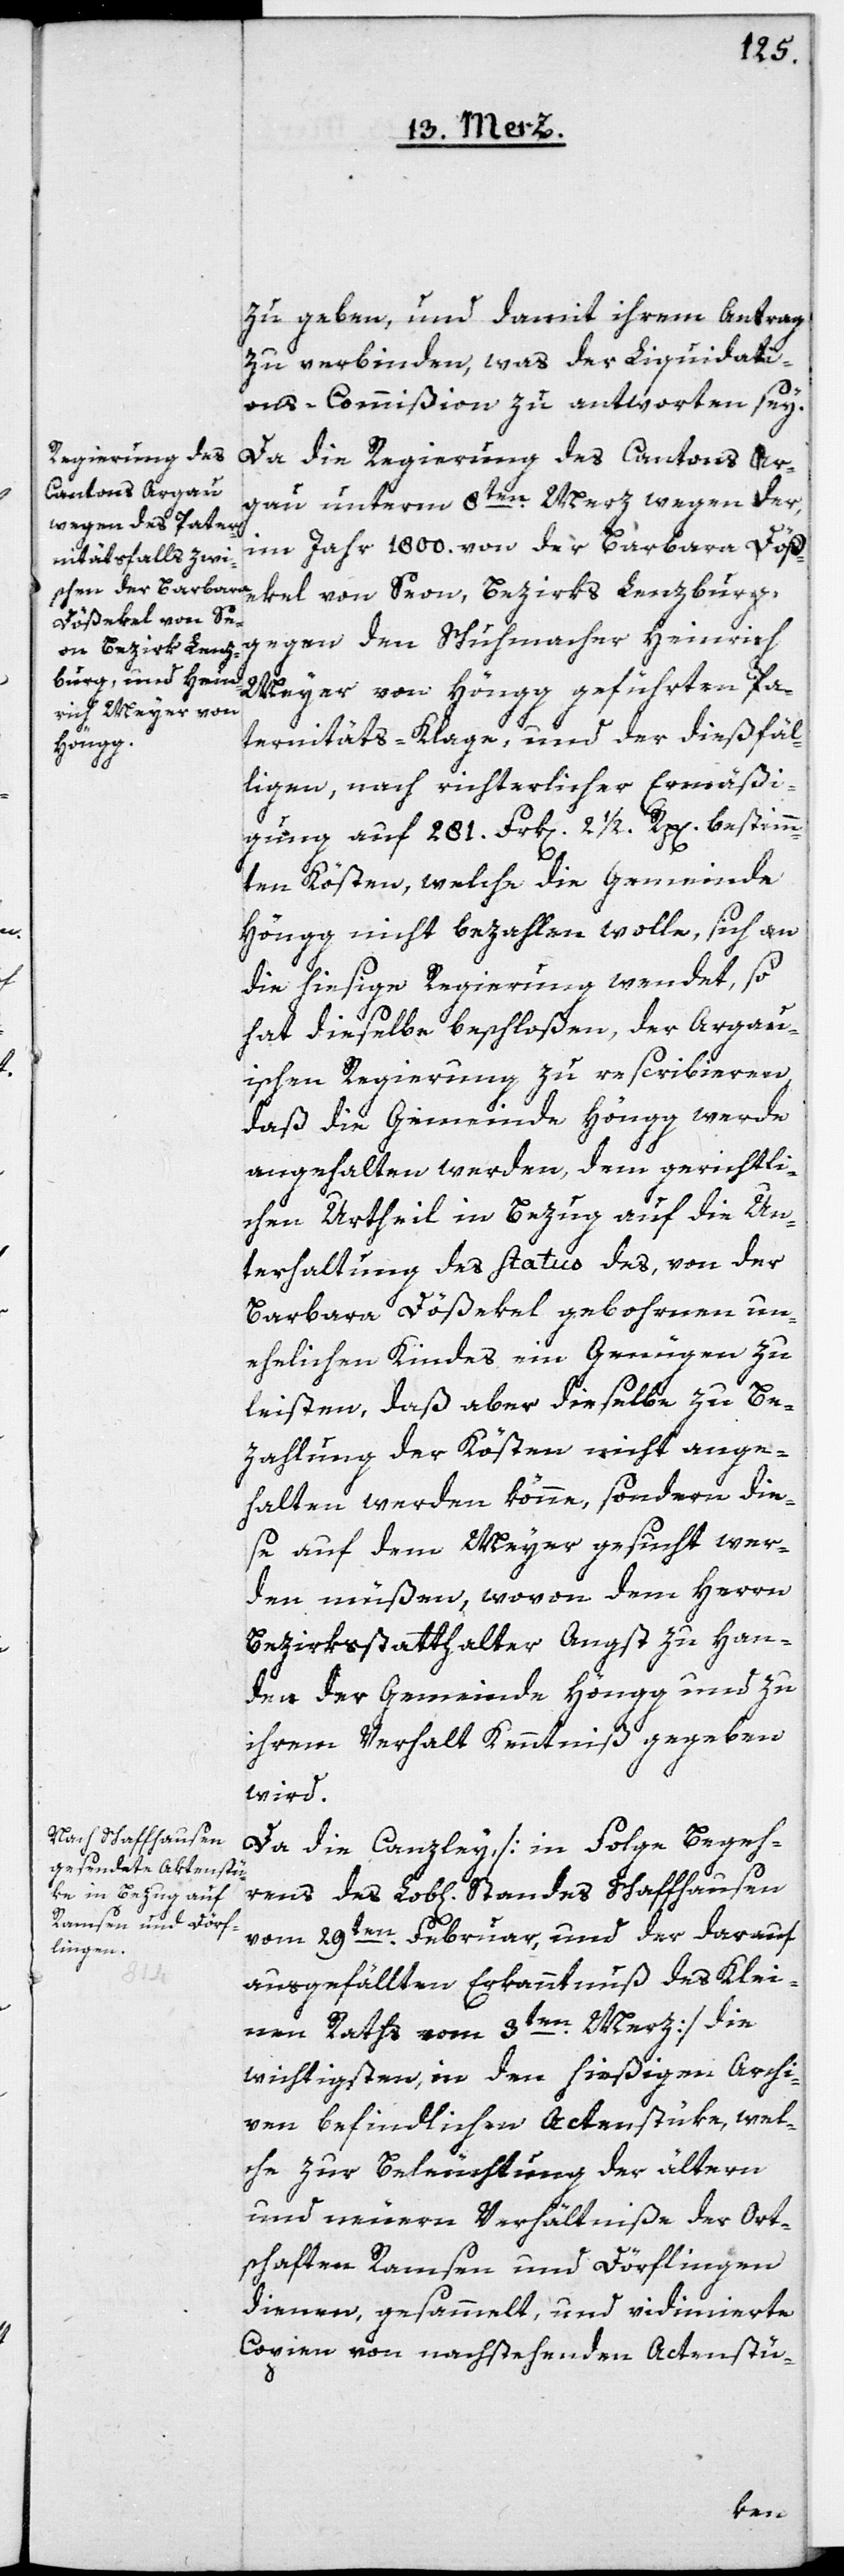
zu geben, und damit ihrem Antrag
zu verbinden, was der Liquidati¬
ons-Commißion zu antworten sey.
Da die Regierung des Cantons Ar¬
gau unterm 8ten Merz wegen der
im Jahr 1800. von der Barbara Döße¬
kel von Seon, Bezirks Lenzburg,
gegen den Schuhmacher Heinrich
Meyer von Höngg geführten Pa¬
ternitäts-Klage, und der dießfäl¬
ligen, nach richterlicher Ermäßi¬
gung auf 281. Frk[en]. 2 1/2 Rp[en]. bestimm¬
ten Kösten, welche die Gemeinde
Höngg nicht bezahlen wolle, sich an
die hießige Regierung wendet, so
hat dieselbe beschloßen, der Argaui¬
schen Regierung zu rescribieren,
daß die Gemeinde Höngg werde
angehalten werden, dem gerichtli¬
chen Urtheil in Bezug auf die Un¬
terhaltung des Status des, von der
Barbara Dößekel gebohrnen un¬
ehelichen Kindes ein Genügen zu
leisten, daß aber dieselbe zu Be¬
zahlung der Kösten nicht ange¬
halten werden könne, sondern die¬
se auf dem Meyer gesucht wer¬
den müßen, wovon dem Herrn
Bezirksstatthalter Angst zu Han¬
den der Gemeinde Höngg und zu
ihrem Verhalt Kenntniß gegeben
wird.
Da die Canzley [in Folge Begeh¬
rens des Lob[lichen] Standes Schaffhausen
vom 29ten Februar und der darauf
ausgefällten Erkanntnuß des Klei¬
nen Raths vom 3ten Merz] die
wichtigsten, in den hießigen Archi¬
ven befindlichen Actenstüke, wel¬
che zur Beleuchtung der ältern
und neuern Verhältniße der Ort¬
schaften Ramsen und Dörflingen
dienen, gesammelt, und vidimierte
Copien von nachstehenden Actenstü-